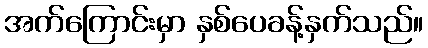
အက်ကြောင်းမှာ နှစ်ပေခန့်နှက်သည်။